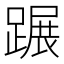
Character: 蹍